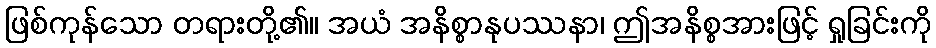
ဖြစ်ကုန်သော တရားတို့၏။ အယံ အနိစ္စာနုပဿနာ၊ ဤအနိစ္စအားဖြင့် ရှုခြင်းကို